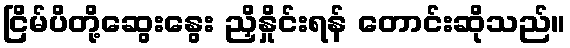
ငြိမ်ပိတို့ဆွေးနွေး ညှိနှိုင်းရန် တောင်းဆိုသည်။